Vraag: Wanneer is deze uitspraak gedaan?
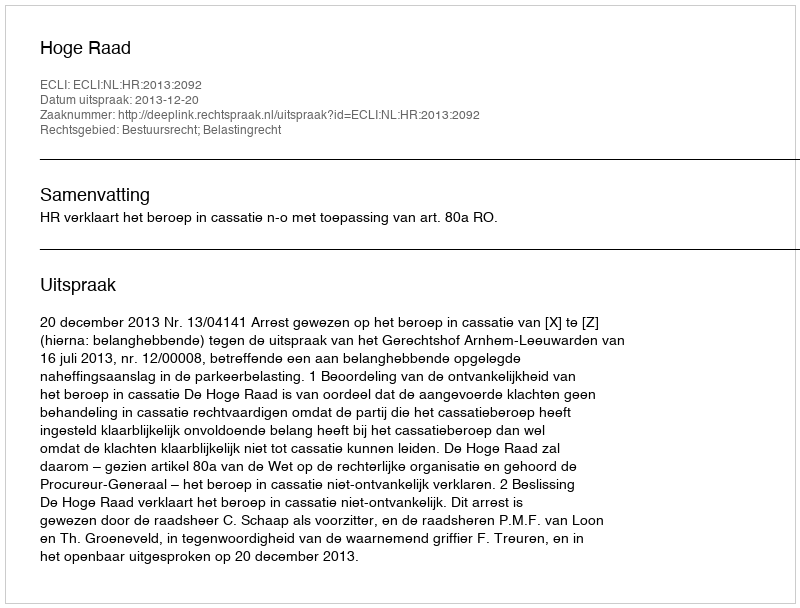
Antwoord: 2013-12-20